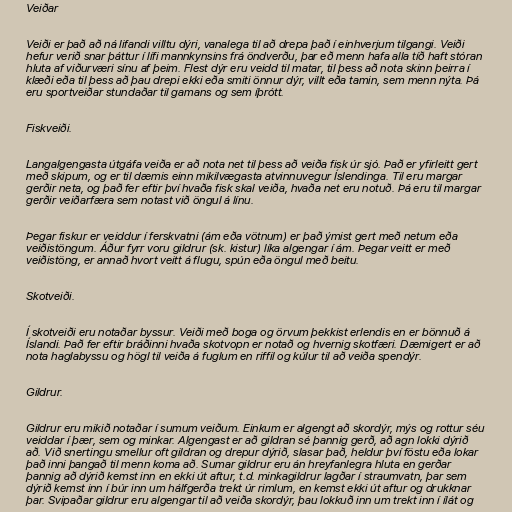
Veiðar

Veiði er það að ná lifandi villtu dýri, vanalega til að drepa það í einhverjum tilgangi. Veiði
hefur verið snar þáttur í lífi mannkynsins frá öndverðu, þar eð menn hafa alla tíð haft stóran
hluta af viðurværi sínu af þeim. Flest dýr eru veidd til matar, til þess að nota skinn þeirra í
klæði eða til þess að þau drepi ekki eða smiti önnur dýr, villt eða tamin, sem menn nýta. Þá
eru sportveiðar stundaðar til gamans og sem íþrótt.

Fiskveiði.

Langalgengasta útgáfa veiða er að nota net til þess að veiða fisk úr sjó. Það er yfirleitt gert
með skipum, og er til dæmis einn mikilvægasta atvinnuvegur Íslendinga. Til eru margar
gerðir neta, og það fer eftir því hvaða fisk skal veiða, hvaða net eru notuð. Þá eru til margar
gerðir veiðarfæra sem notast við öngul á línu.

Þegar fiskur er veiddur í ferskvatni (ám eða vötnum) er það ýmist gert með netum eða
veiðistöngum. Áður fyrr voru gildrur (sk. kistur) líka algengar í ám. Þegar veitt er með
veiðistöng, er annað hvort veitt á flugu, spún eða öngul með beitu.

Skotveiði.

Í skotveiði eru notaðar byssur. Veiði með boga og örvum þekkist erlendis en er bönnuð á
Íslandi. Það fer eftir bráðinni hvaða skotvopn er notað og hvernig skotfæri. Dæmigert er að
nota haglabyssu og högl til veiða á fuglum en riffil og kúlur til að veiða spendýr.

Gildrur.

Gildrur eru mikið notaðar í sumum veiðum. Einkum er algengt að skordýr, mýs og rottur séu
veiddar í þær, sem og minkar. Algengast er að gildran sé þannig gerð, að agn lokki dýrið
að. Við snertingu smellur oft gildran og drepur dýrið, slasar það, heldur því föstu eða lokar
það inni þangað til menn koma að. Sumar gildrur eru án hreyfanlegra hluta en gerðar
þannig að dýrið kemst inn en ekki út aftur, t.d. minkagildrur lagðar í straumvatn, þar sem
dýrið kemst inn í búr inn um hálfgerða trekt úr rimlum, en kemst ekki út aftur og drukknar
þar. Svipaðar gildrur eru algengar til að veiða skordýr, þau lokkuð inn um trekt inn í ílát og